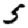
Digit: 5